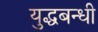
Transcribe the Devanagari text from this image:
युद्धबन्धी